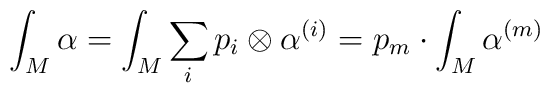
\int_M \alpha = \int_M \sum_i p_i \otimes \alpha^{(i)}              = p_m \cdot \int_M \alpha^{(m)}